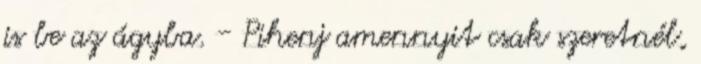
is be az ágyba. - Pihenj amennyit csak szeretnél,